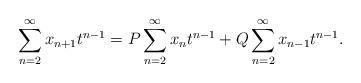
LaTeX: \begin{align*}\sum_{n=2}^{\infty}x_{n+1} t^{n-1}=P\sum_{n=2}^{\infty}x_n t^{n-1}+Q\sum_{n=2}^{\infty}x_{n-1} t^{n-1}.\end{align*}